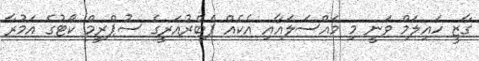
ގާޒީ ހައިލަމް ވަނީ މި މައްސަލައާއި އެކެއް ފެބްރުއަރީގެ ސުޕްރީމް ކޯޓުގެ އަމުރާ